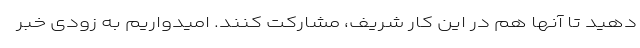
دهید تا آنها هم در این کار شریف، مشارکت کنند. امیدواریم به زودی خبر